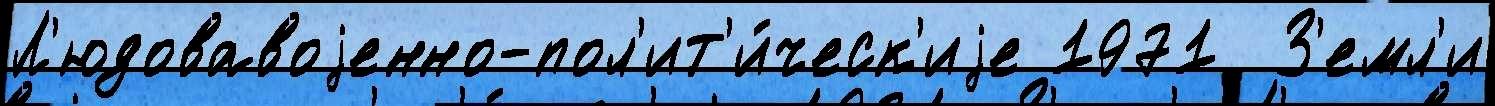
Л'юдовавоjенно-пол'ит'и́ческ'иjе 1971  З'емл'и